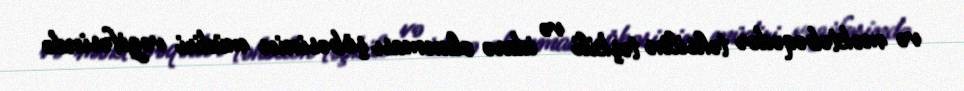
və məktəbəqədər təhsilin təşkili və idarə olunması şöbəsinin müdiri vəzifəsində